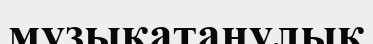
музыкатанулық